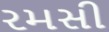
રમસી